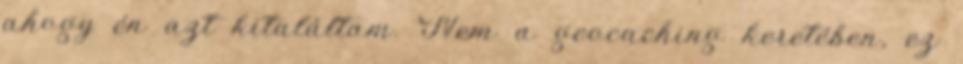
ahogy én azt kitaláltam. Nem a geocaching keretében, ez